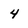
Character: 4